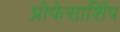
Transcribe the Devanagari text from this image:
प्रोफेसार्शिप